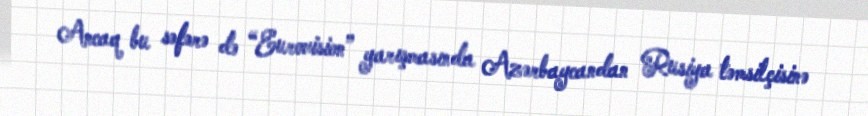
Ancaq bu səfərə də “Eurovision” yarışmasında Azərbaycandan Rusiya təmsilçisinə